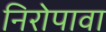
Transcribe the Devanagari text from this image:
निरोपावा